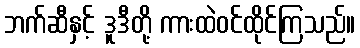
ဘက်ဆီနှင့် ဒူဒီတို့ ကားထဲဝင်ထိုင်ကြသည်။